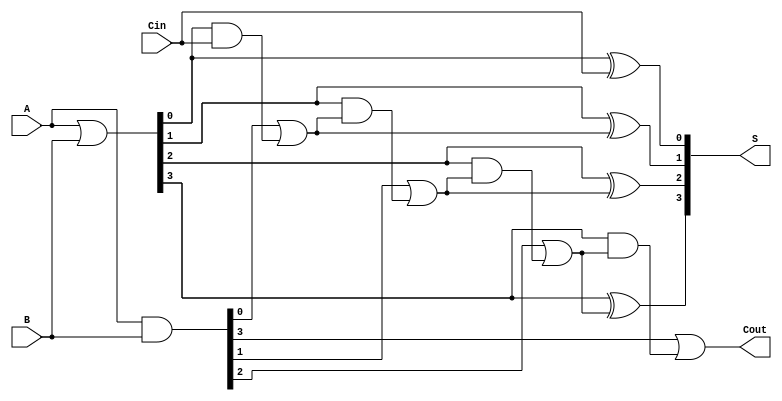
module RCLA #(parameter n = 4) (
    input [n-1:0] A,    // First n-bit input
    input [n-1:0] B,    // Second n-bit input
    input Cin,          // Carry input
    output [n-1:0] S,   // Sum output
    output Cout         // Carry output
);

    wire [n-1:0] G;     // Generate signals
    wire [n-1:0] P;     // Propagate signals
    wire [n:0] C;       // Carry signals

    // Generate and Propagate logic
    assign G = A & B;          // Generate: Gi = Ai & Bi
    assign P = A | B;          // Propagate: Pi = Ai | Bi

    // Carry logic
    assign C[0] = Cin;         // Initial carry: C0 = Cin
    genvar i;
    generate
        for (i = 0; i < n; i = i + 1) begin : carry_logic
            // Carry generation for Ci
            if (i == 0) begin
                assign C[i+1] = G[i] | (P[i] & C[i]); // C1
            end else begin
                assign C[i+1] = G[i] | (P[i] & C[i]); // Ci+1
            end
        end
    endgenerate

    // Sum calculation
    generate
        for (i = 0; i < n; i = i + 1) begin : sum_logic
            assign S[i] = P[i] ^ C[i]; // Sum: Si = Pi ^ Ci
        end
    endgenerate

    // Final carry out
    assign Cout = C[n]; // Carry out: Cout = Cn

endmodule